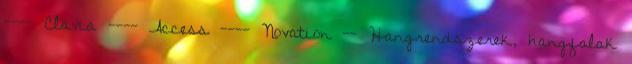
---- Clavia ---- Access ---- Novation -- Hangrendszerek, hangfalak